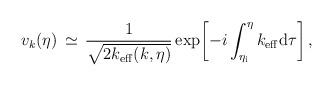
LaTeX: \begin{align*}v_k (\eta )\, \simeq \, \frac{1}{\sqrt{2k_{\rm eff}(k,\eta )}}\exp\biggl[-i\int _{\eta _{\rm i}}^{\eta }k_{\rm eff}{\rm d}\tau \biggr]\, ,\end{align*}